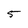
Character: 5